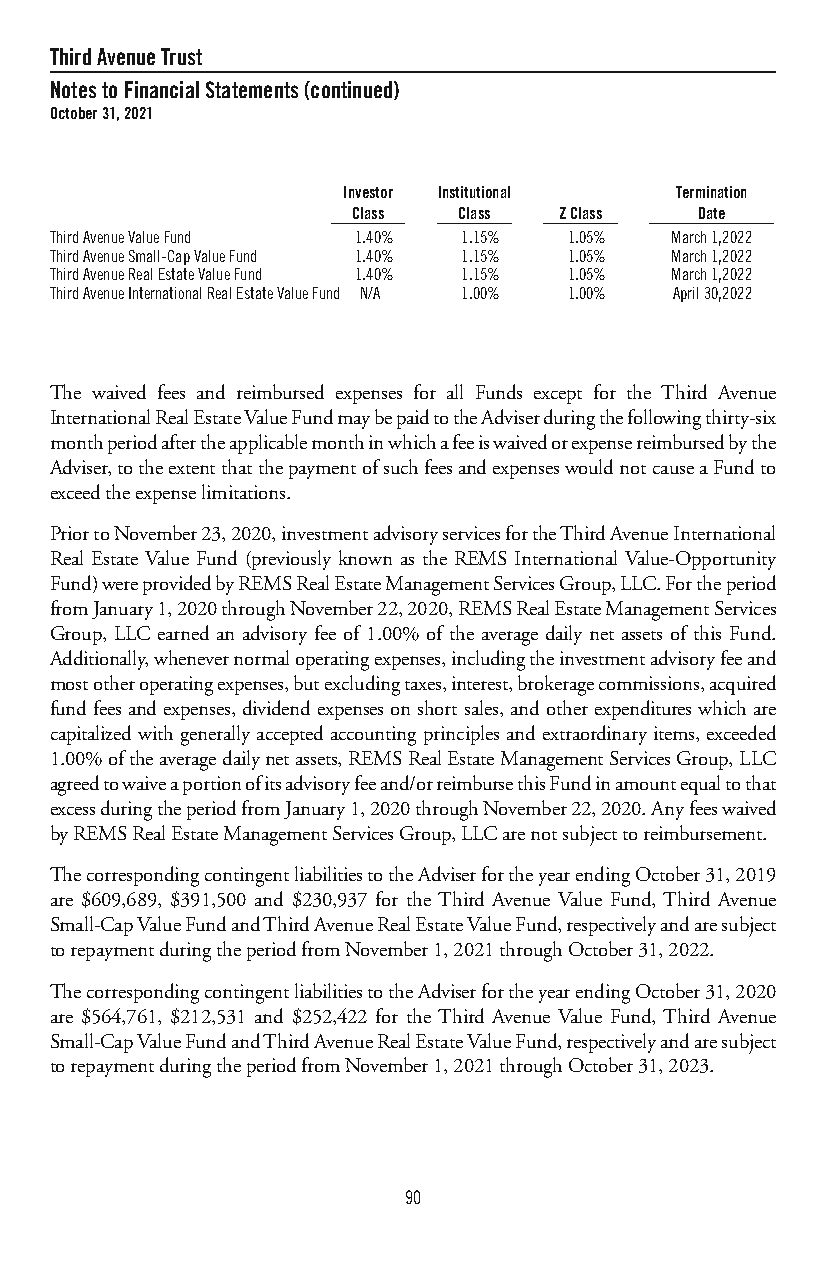
ThirdAvenueTrust
 NotestoFinancialStatements(continued)
 October31,2021
 Investor Institutional Termination
 Class  Class  ZClass   Date
 ThirdAvenueValueFund 1.40%  1.15%  1.05% March1,2022
 ThirdAvenueSmall-CapValueFund 1.40% 1.15% 1.05% March1,2022
 ThirdAvenueRealEstateValueFund 1.40% 1.15% 1.05% March1,2022
 ThirdAvenueInternationalRealEstateValueFund N/A 1.00% 1.00% April30,2022
 The waived fees and reimbursed expenses for all Funds except for the Third Avenue
 InternationalRealEstateValueFundmaybepaidtotheAdviserduringthefollowingthirty-six
 monthperiodaftertheapplicablemonthinwhichafeeiswaivedorexpensereimbursedbythe
 Adviser,totheextentthatthepaymentofsuchfeesandexpenseswouldnotcauseaFundto
 exceedtheexpenselimitations.
 PriortoNovember23,2020,investmentadvisoryservicesfortheThirdAvenueInternational
 Real Estate Value Fund (previously known as the REMS International Value-Opportunity
 Fund)wereprovidedbyREMSRealEstateManagementServicesGroup,LLC.Fortheperiod
 fromJanuary1,2020throughNovember22,2020,REMSRealEstateManagementServices
 Group, LLC earned an advisory fee of 1.00% of the average daily net assets of this Fund.
 Additionally,whenevernormaloperatingexpenses,includingtheinvestmentadvisoryfeeand
 mostotheroperatingexpenses,butexcludingtaxes,interest,brokeragecommissions,acquired
 fundfeesandexpenses,dividendexpensesonshortsales,andotherexpenditureswhichare
 capitalized with generally accepted accounting principles and extraordinary items, exceeded
 1.00%oftheaveragedailynetassets,REMSRealEstateManagementServicesGroup,LLC
 agreedtowaiveaportionofitsadvisoryfeeand/orreimbursethisFundinamountequaltothat
 excessduringtheperiodfromJanuary1,2020throughNovember22,2020.Anyfeeswaived
 byREMSRealEstateManagementServicesGroup,LLCarenotsubjecttoreimbursement.
 ThecorrespondingcontingentliabilitiestotheAdviserfortheyearendingOctober31,2019
 are $609,689, $391,500 and $230,937 for the Third Avenue Value Fund, Third Avenue
 Small-CapValueFundandThirdAvenueRealEstateValueFund,respectivelyandaresubject
 torepaymentduringtheperiodfromNovember1,2021throughOctober31,2022.
 ThecorrespondingcontingentliabilitiestotheAdviserfortheyearendingOctober31,2020
 are $564,761, $212,531 and $252,422 for the Third Avenue Value Fund, Third Avenue
 Small-CapValueFundandThirdAvenueRealEstateValueFund,respectivelyandaresubject
 torepaymentduringtheperiodfromNovember1,2021throughOctober31,2023.
 90